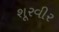
શૂરવીર